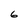
Character: 6